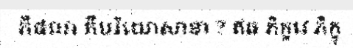
កឹផលា កឹបរិយោសានា ? ឥធ ភិក្ខវេ ភិក្ខុ